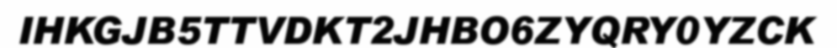
IHKGJB5TTVDKT2JHBO6ZYQRY0YZCK